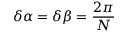
\delta \alpha = \delta \beta = \frac { 2 \pi } { N }